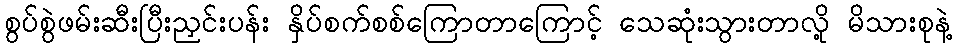
စွပ်စွဲဖမ်းဆီးပြီးညှင်းပန်း နှိပ်စက်စစ်ကြောတာကြောင့် သေဆုံးသွားတာလို့ မိသားစုနဲ့